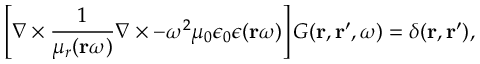
\left[ \nabla \times \frac { 1 } { \mu _ { r } ( \mathbf { r } \omega ) } \nabla \times - \omega ^ { 2 } \mu _ { 0 } \epsilon _ { 0 } \epsilon ( \mathbf { r } \omega ) \right] G ( \mathbf { r } , \mathbf { r } ^ { \prime } , \omega ) = \delta ( \mathbf { r } , \mathbf { r } ^ { \prime } ) ,